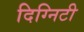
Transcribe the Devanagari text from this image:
दिग्निटी